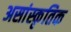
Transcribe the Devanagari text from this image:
असांस्कृतिक